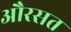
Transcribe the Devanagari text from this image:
औरसत